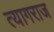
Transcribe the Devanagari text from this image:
त्‍यागराज